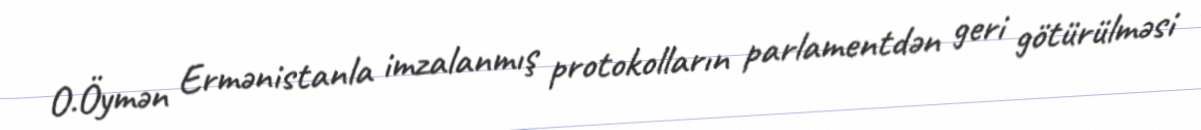
O.Öymən Ermənistanla imzalanmış protokolların parlamentdən geri götürülməsi